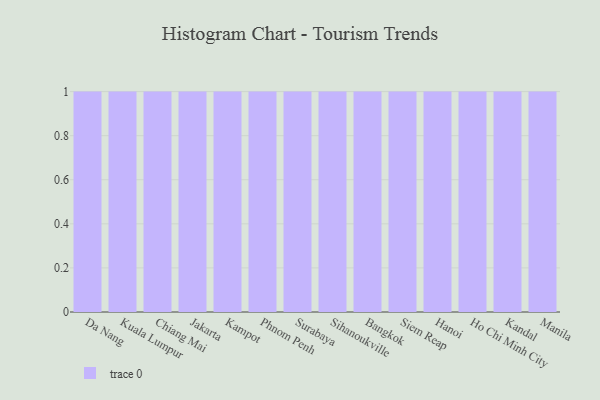
{"axis": {"x": "City", "y": "Tickets Resolved"}, "legend": [""], "data": [{"x": "Da Nang", "y": 70, "type": ""}, {"x": "Kuala Lumpur", "y": 44, "type": ""}, {"x": "Chiang Mai", "y": 35, "type": ""}, {"x": "Jakarta", "y": 54, "type": ""}, {"x": "Kampot", "y": 13, "type": ""}, {"x": "Phnom Penh", "y": 42, "type": ""}, {"x": "Surabaya", "y": 80, "type": ""}, {"x": "Sihanoukville", "y": 33, "type": ""}, {"x": "Bangkok", "y": 17, "type": ""}, {"x": "Siem Reap", "y": 74, "type": ""}, {"x": "Hanoi", "y": 92, "type": ""}, {"x": "Ho Chi Minh City", "y": 76, "type": ""}, {"x": "Kandal", "y": 45, "type": ""}, {"x": "Manila", "y": 98, "type": ""}]}